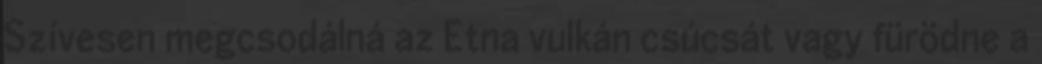
Szívesen megcsodálná az Etna vulkán csúcsát vagy fürödne a